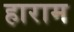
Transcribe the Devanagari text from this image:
हाराम